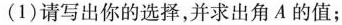
1)请写出你的选择，并求出角A的值；